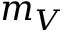
m _ { V }